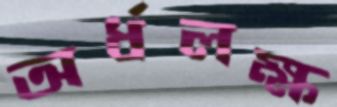
অর্ধলক্ষ